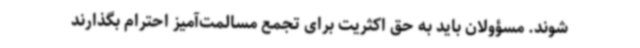
شوند. مسؤولان باید به حق اکثریت برای تجمع مسالمت‌آمیز احترام بگذارند